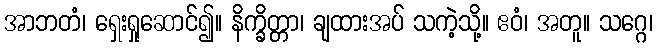
အာဘတံ၊ ရှေးရှုဆောင်၍။ နိက္ခိတ္တာ၊ ချထားအပ် သကဲ့သို့။ ဧဝံ၊ အတူ။ သဂ္ဂေ၊